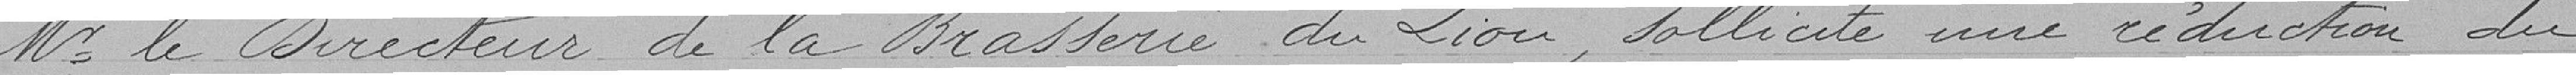
M. le Directeur de la Brasserie du Lion, sollicite une réduction du